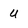
Character: U